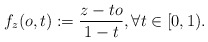
\begin{align*}f_{z}(o,t) : = \frac{z -to}{1-t}, \forall t \in [0,1).\end{align*}